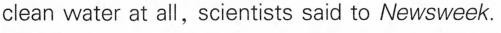
clean water at all,scientists said to News week.